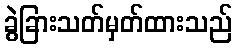
ခွဲခြားသတ်မှတ်ထားသည်